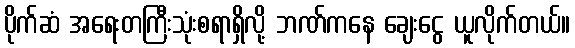
ပိုက်ဆံ အရေးတကြီးသုံးစရာရှိလို့ ဘဏ်ကနေ ချေးငွေ ယူလိုက်တယ်။